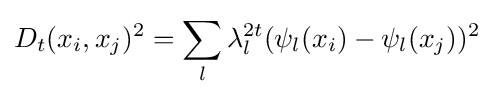
D_{t}(x_{i},x_{j})^{2}=\sum _{l}\lambda _{l}^{2t}(\psi _{l}(x_{i})-\psi _{l}(x_{j}))^{2}